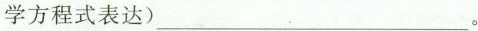
学方程式表达)___。